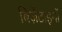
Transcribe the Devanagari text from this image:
बिज़ेंटाइनों